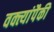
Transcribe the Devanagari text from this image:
वक्त्यांपैकी